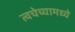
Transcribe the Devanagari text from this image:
त्वचेच्यामध्ये